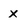
Character: x